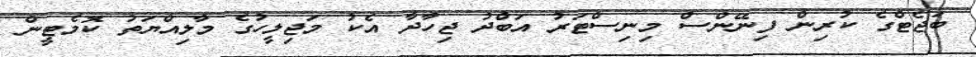
ބަޖެޓްގެ ކުރިން ފިނޭންސް މިނިސްޓަރު އަބްދު ޖިހާދާ އެކު މަޖިލީހުގެ މާލިއްޔަތު ކޮމެޓީން